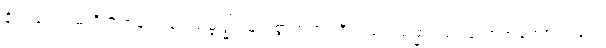
နိယျရေ၁၊ မတိုက်တွန်းကုန်။ သမ္ဗုဒ္ဓါ၊ မြတ်စွာဘုရားတို့သည်။ သမ္မာ၊ သင့်သောအကြောင်းဖြင့်။